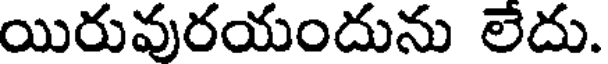
యిరువురయందును లేదు.